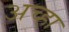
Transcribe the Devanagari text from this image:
अच्हा